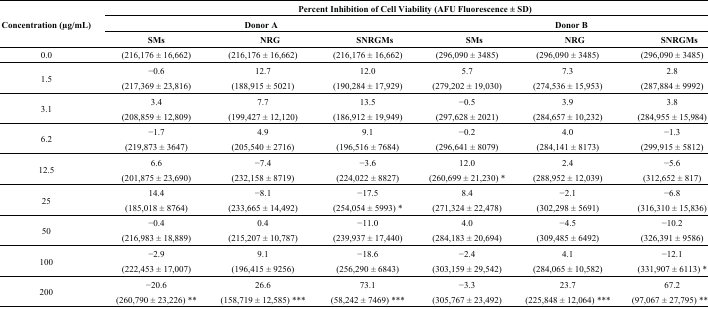
<table><thead><tr><td rowspan="3"><b>Concentration (μg/mL)</b></td><td colspan="6"><b>Percent Inhibition of Cell Viability (AFU Fluorescence ± SD)</b></td></tr><tr><td colspan="3"><b>Donor A</b></td><td colspan="3"><b>Donor B</b></td></tr><tr><td><b>SMs</b></td><td><b>NRG</b></td><td><b>SNRGMs</b></td><td><b>SMs</b></td><td><b>NRG</b></td><td><b>SNRGMs</b></td></tr></thead><tbody><tr><td>0.0</td><td>(216,176 ± 16,662)</td><td>(216,176 ± 16,662)</td><td>(216,176 ± 16,662)</td><td>(296,090 ± 3485)</td><td>(296,090 ± 3485)</td><td>(296,090 ± 3485)</td></tr><tr><td>1.5</td><td>−0.6 (217,369 ± 23,816)</td><td>12.7 (188,915 ± 5021)</td><td>12.0 (190,284 ± 17,929)</td><td>5.7 (279,202 ± 19,030)</td><td>7.3 (274,536 ± 15,953)</td><td>2.8 (287,884 ± 9992)</td></tr><tr><td>3.1</td><td>3.4 (208,859 ± 12,809)</td><td>7.7 (199,427 ± 12,120)</td><td>13.5 (186,912 ± 19,949)</td><td>−0.5 (297,628 ± 2021)</td><td>3.9 (284,657 ± 10,232)</td><td>3.8 (284,955 ± 15,984)</td></tr><tr><td>6.2</td><td>−1.7 (219,873 ± 3647)</td><td>4.9 (205,540 ± 2716)</td><td>9.1 (196,516 ± 7684)</td><td>−0.2 (296,641 ± 8079)</td><td>4.0 (284,141 ± 8173)</td><td>−1.3 (299,915 ± 5812)</td></tr><tr><td>12.5</td><td>6.6 (201,875 ± 23,690)</td><td>−7.4 (232,158 ± 8719)</td><td>−3.6 (224,022 ± 8827)</td><td>12.0 (260,699 ± 21,230) *</td><td>2.4 (288,952 ± 12,039)</td><td>−5.6 (312,652 ± 817)</td></tr><tr><td>25</td><td>14.4 (185,018 ± 8764)</td><td>−8.1 (233,665 ± 14,492)</td><td>−17.5 (254,054 ± 5993) *</td><td>8.4 (271,324 ± 22,478)</td><td>−2.1 (302,298 ± 5691)</td><td>−6.8 (316,310 ± 15,836)</td></tr><tr><td>50</td><td>−0.4 (216,983 ± 18,889)</td><td>0.4 (215,207 ± 10,787)</td><td>−11.0 (239,937 ± 17,440)</td><td>4.0 (284,183 ± 20,694)</td><td>−4.5 (309,485 ± 6492)</td><td>−10.2 (326,391 ± 9586)</td></tr><tr><td>100</td><td>−2.9 (222,453 ± 17,007)</td><td>9.1 (196,415 ± 9256)</td><td>−18.6 (256,290 ± 6843)</td><td>−2.4 (303,159 ± 29,542)</td><td>4.1 (284,065 ± 10,582)</td><td>−12.1 (331,907 ± 6113) *</td></tr><tr><td>200</td><td>−20.6 (260,790 ± 23,226) **</td><td>26.6 (158,719 ± 12,585) ***</td><td>73.1 (58,242 ± 7469) ***</td><td>−3.3 (305,767 ± 23,492)</td><td>23.7 (225,848 ± 12,064) ***</td><td>67.2 (97,067 ± 27,795) ***</td></tr></tbody></table>